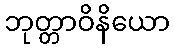
ဘုတ္တာဝိနိယော